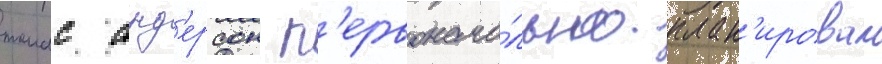
томас анд'ерсон п'ервонача́льно план'ировал